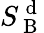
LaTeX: S_{\mathrm{~B~}}^{\mathrm{~d~}}